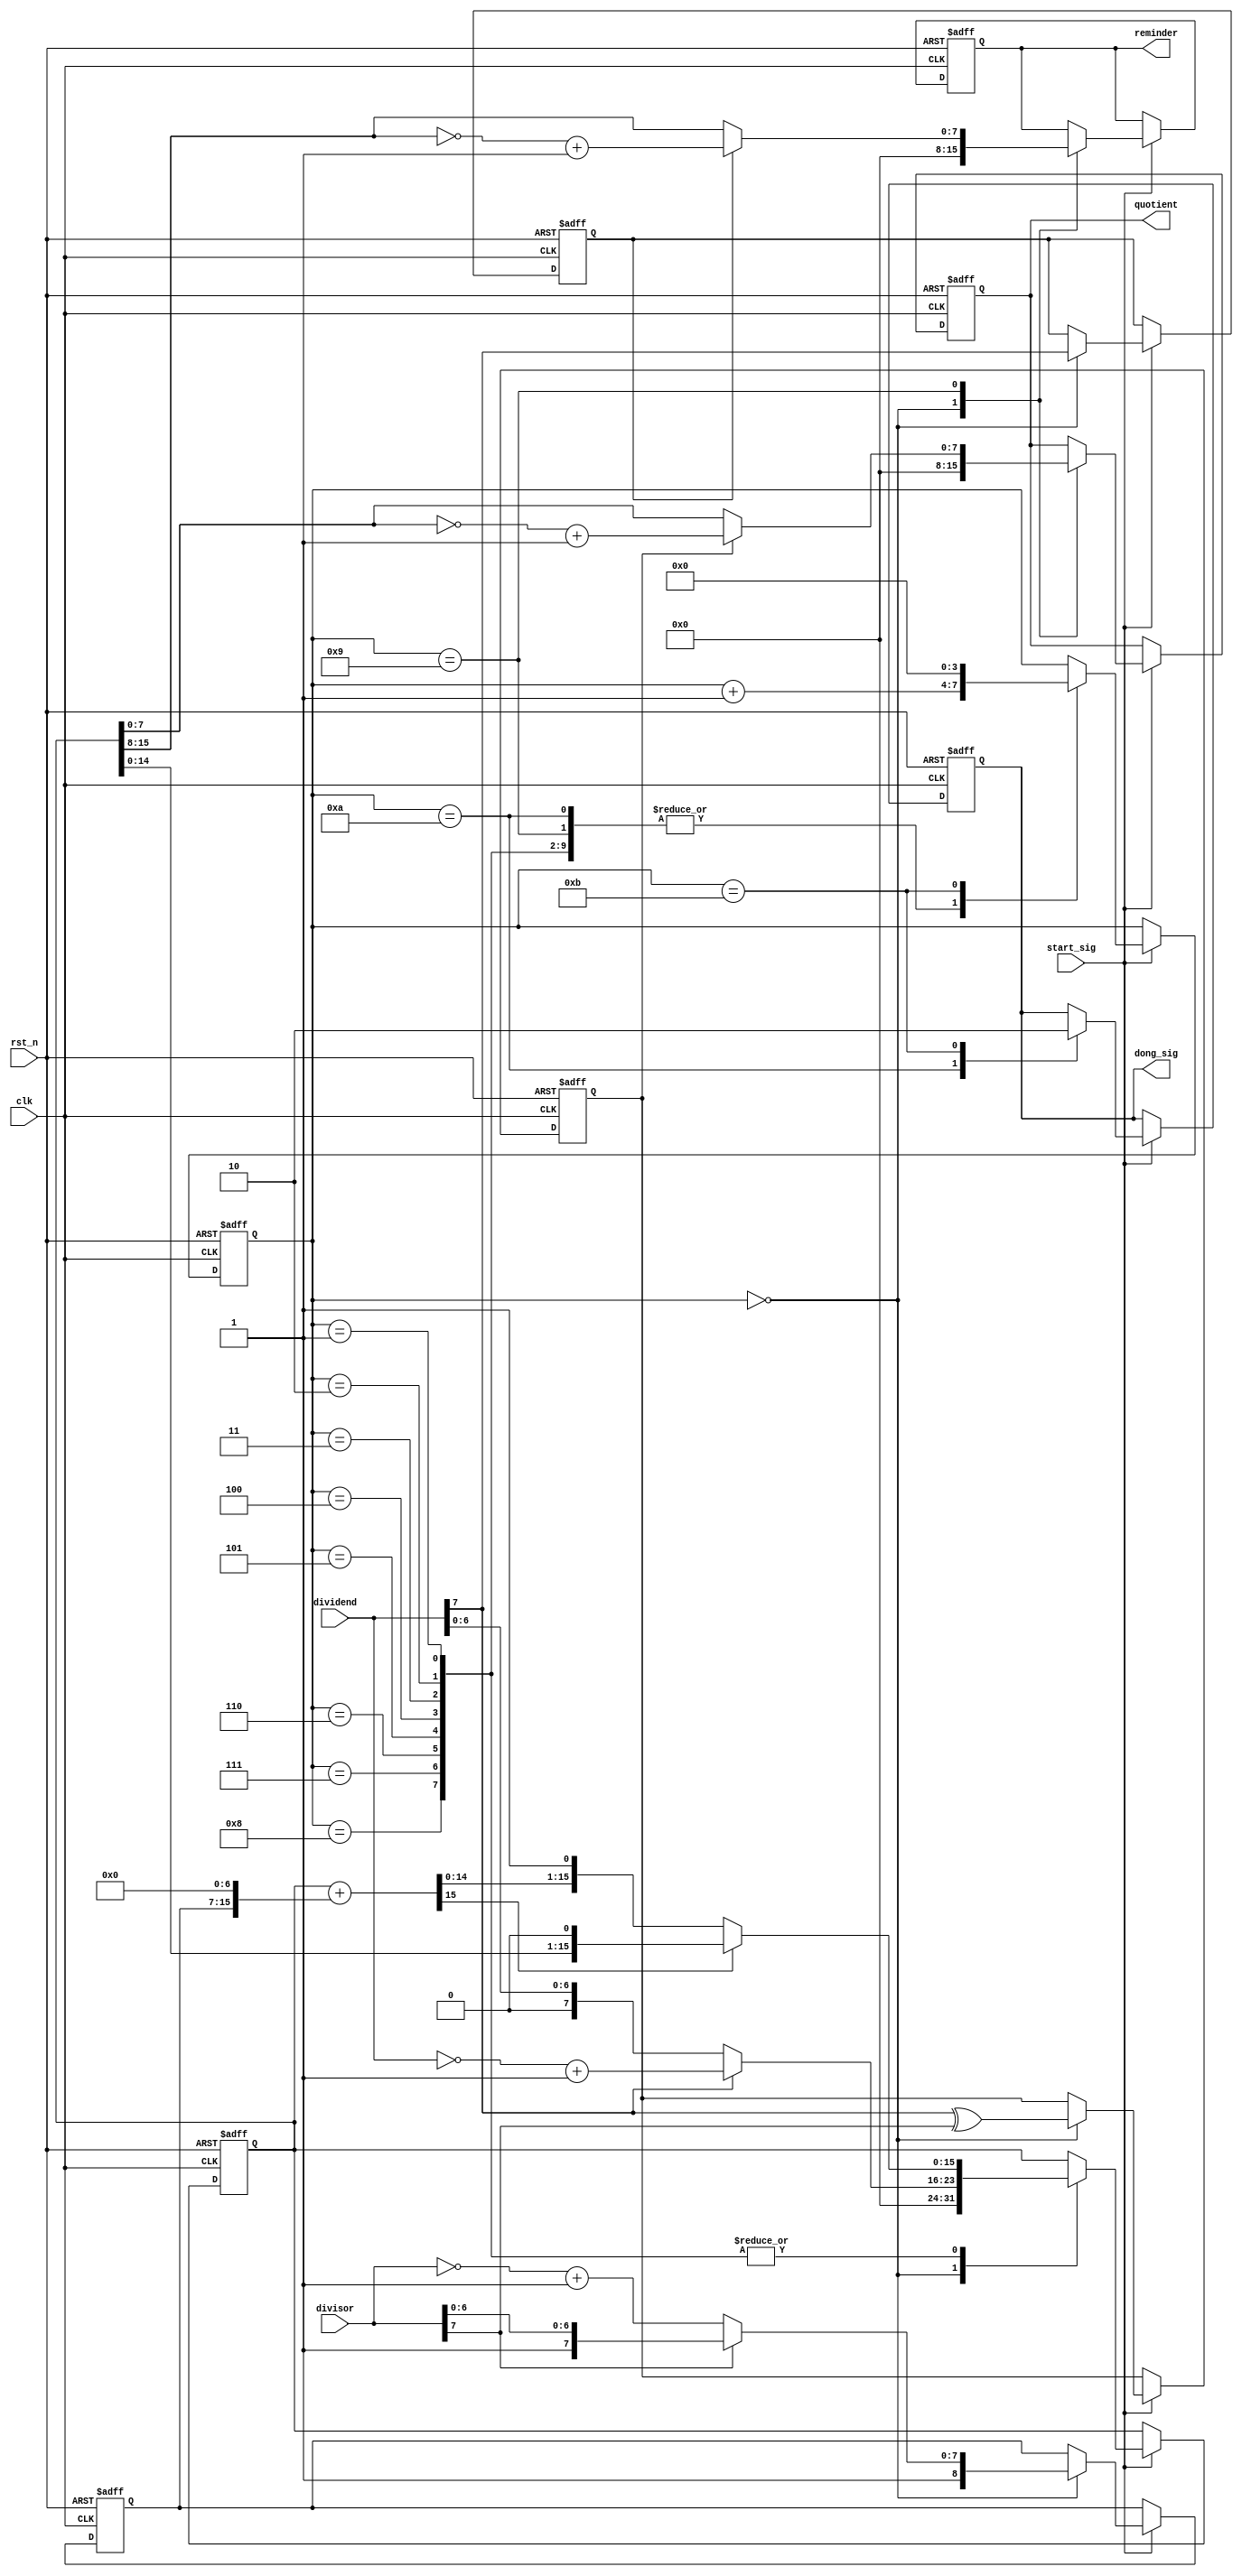
//////////////////////////////////////////////////////////////////////
//
//
//
//////////////////////////////
// 7   /  2 =  3 ... 1
// 8   / -3 = -2 ... 2
//-19  /  6 = -4 ... 5
//-120 / -7 = 18 ... 6
//
//8bit why????????
//
//  C C++
/////////////////////////////////////////////////////////////////////

module streamlined_divider_8bit_improve(
    clk,
    rst_n,
    start_sig,
    dividend,
    divisor,
    dong_sig,
    quotient,
    reminder
    );
    
    input clk;
    input rst_n;
    
    input start_sig;
    input [7:0]dividend;
    input [7:0]divisor;
    
    output dong_sig;
    output [7:0]quotient;
    output [7:0]reminder;
    
    /******************************/
    
    reg [15:0]temp;
    reg [15:0]diff;
    reg [8:0]s;
    
    /******************************/
    
    reg isDone;
    reg isqNeg;
    reg isrNeg;
    reg [7:0]q;
    reg [7:0]r;
    
    assign dong_sig = isDone;
    assign quotient = q;
    assign reminder = r;
    
    /******************************/
    
    reg [3:0]i;
    
    always @(posedge clk or negedge rst_n) begin
        if (!rst_n) begin
            temp <= 16'd0;
            diff <= 16'd0;
            s <= 9'd0;
            isDone <= 1'b0;
            isqNeg <= 1'b0;
            isrNeg <= 1'b0;
            q <= 8'd0;
            r <= 8'd0;
            i <= 4'd0;
        end
        else if (start_sig)
            
            case(i)
                
                0:
                begin
                    isqNeg <= dividend[7]^divisor[7];
                    isrNeg <= dividend[7];
                    
                    // temp <= {8'd0, dividend};
                    temp <= dividend[7] ? {8'd0, ~dividend+1'b1} : {8'd0, dividend};
                    // temp <= dividend[7] ? {8'hff, ~dividend+1'b1} : {8'h00, dividend};
                    
                    diff <= 16'd0;
                    s <= divisor[7] ? {1'b1, divisor} : {1'b1, (~divisor + 1'b1)};
                    q <= 8'd0;
                    r <= 8'd0;
                    i <= i + 1'b1;
                end
                
                1,2,3,4,5,6,7,8:
                begin
                    diff = temp + {s, 7'd0};
                    
                    if (diff[15])
                        temp <= {temp[14:0], 1'b0};
                    else
                        temp <= {diff[14:0], 1'b1};
                        
                    i <= i + 1'b1;
                end
                
                9:
                begin
                    q <= isqNeg ? (~temp[7:0] + 1'b1) : temp[7:0];
                    r <= isrNeg ? (~temp[15:8] +1'b1) : temp[15:8];
                    i <= i + 1'b1;
                end
                
                10:
                begin
                    isDone <= 1'b1;
                    i <= i + 1'b1;
                end
                
                11:
                begin
                    isDone <= 1'b0;
                    i <= 4'd0;
                end
                
            endcase
    end

endmodule